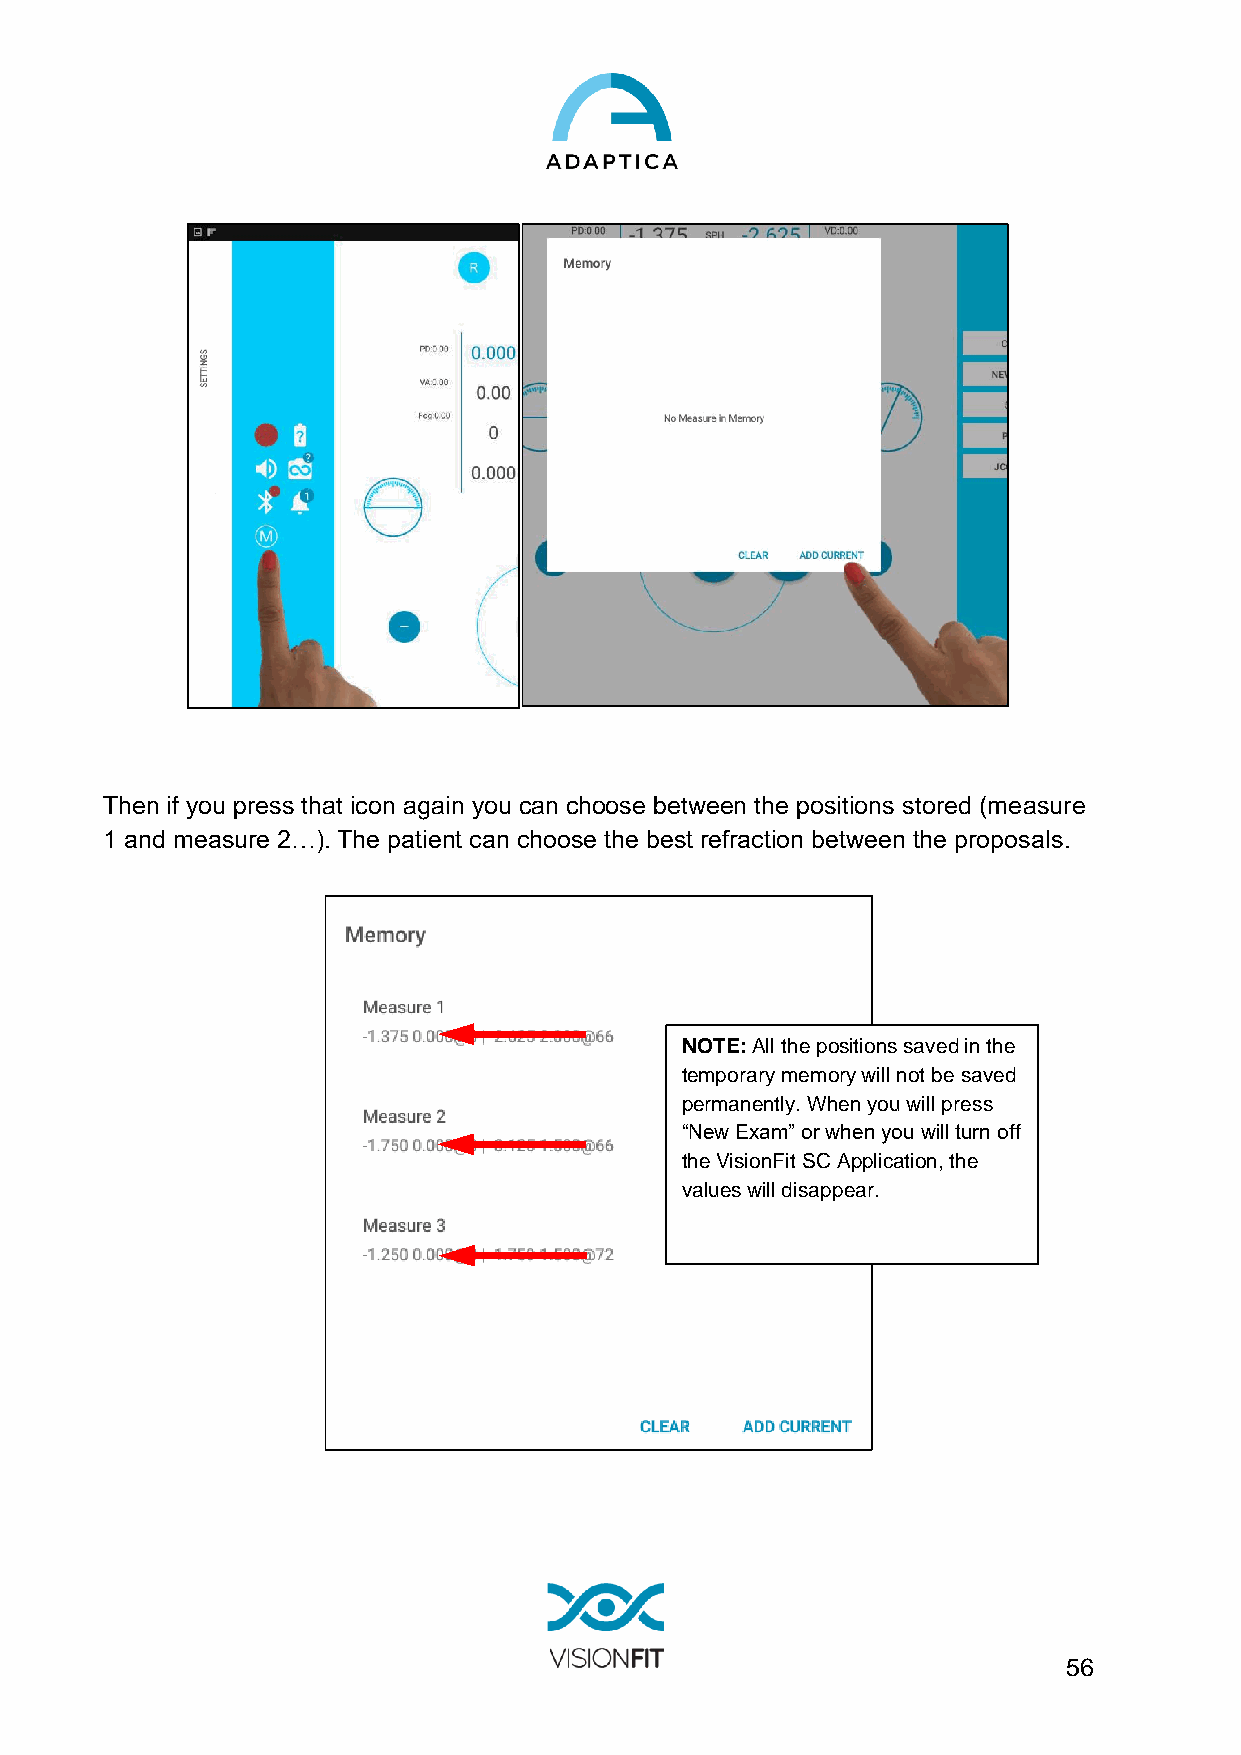
Then if you press that icon again you can choose between the positions stored (measure
 1 and measure 2…). The patient can choose the best refraction between the proposals.
 NOTE: All the positions saved in the
 temporary memory will not be saved
 permanently. When you will press
 “New Exam” or when you will turn off
 the VisionFit SC Application, the
 values will disappear.
 56